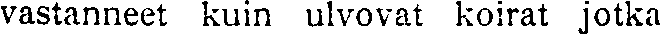
vastanneet kuin ulvovat koirat jotka